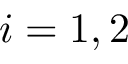
i = 1 , 2